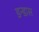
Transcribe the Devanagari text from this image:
डन्डास